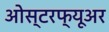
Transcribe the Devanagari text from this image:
ओस्टरफ्यूअर